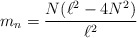
\begin{align*}m_{n}=\frac{N(\ell ^{2}-4N^{2})}{\ell ^{2}} \end{align*}